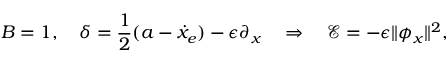
B = 1 , \quad \delta = \frac { 1 } { 2 } ( a - \dot { x } _ { e } ) - \epsilon \partial _ { x } \quad \Rightarrow \quad \mathcal { E } = - \epsilon \| \phi _ { x } \| ^ { 2 } ,